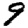
Digit: 9